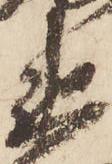
衛